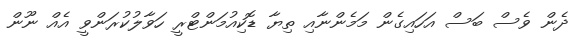
ދެން ވެސް ބަސް އަހައިގެން މަމެންނާއި ތިޔާ ޑޮކިއުމަންޓްރީ ހަވާލުކުރަންވީ އެއް ނޫން